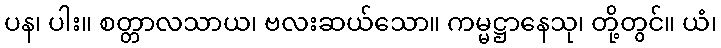
ပန၊ ပါး။ စတ္တာလသာယ၊ ဗလးဆယ်သော။ ကမ္မဋ္ဌာနေသု၊ တို့တွင်။ ယံ၊